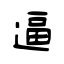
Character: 逼